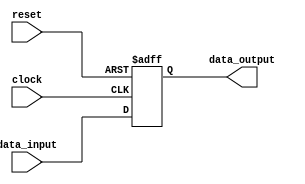
`timescale 1ns / 1ps
module register (
    input wire [3:0] data_input,
    input wire clock,
    input wire reset,
    output wire [3:0] data_output
);

    reg [3:0] register_data;

    always @(posedge clock or posedge reset) begin
        if (reset) begin
            register_data <= 4'b0000;
        end else if (clock) begin
            register_data <= data_input;
        end
    end

    assign data_output = register_data;

endmodule